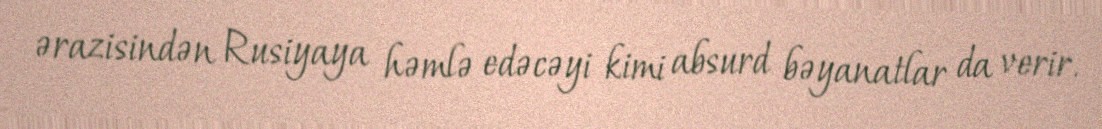
ərazisindən Rusiyaya həmlə edəcəyi kimi absurd bəyanatlar da verir.